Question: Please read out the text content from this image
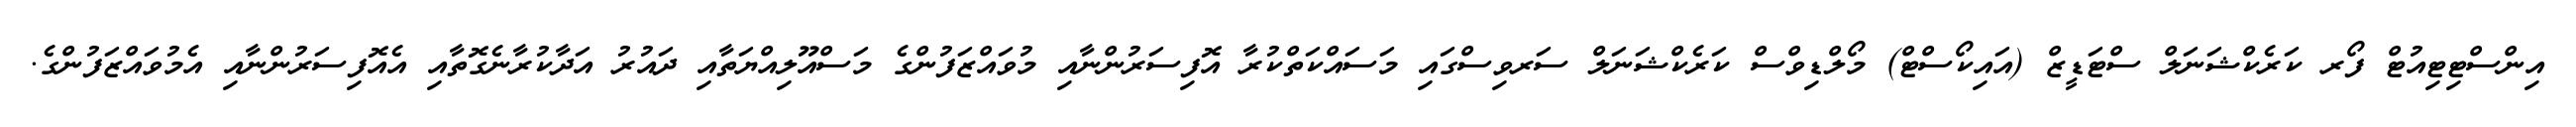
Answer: އިންސްޓިޓިއުޓް ފޯރ ކަރެކްޝަނަލް ސްޓަޑީޒް (އައިކޯސްޓް) މޯލްޑިވްސް ކަރެކްޝަނަލް ސަރވިސްގައި މަސައްކަތްކުރާ އޮފިސަރުންނާއި މުވައްޒަފުންގެ މަސްއޫލިއްޔަތާއި ދައުރު އަދާކުރާނެގޮތާއި އެއޮފިސަރުންނާއި އެމުވައްޒަފުންގެ.